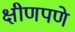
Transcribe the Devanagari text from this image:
क्षीणपणे